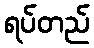
ရပ်တည်